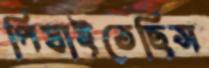
পিষাইতেছিস